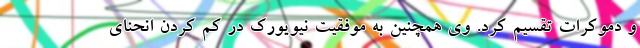
و دموکرات تقسیم کرد. وی همچنین به موفقیت نیویورک در کم کردن انحنای